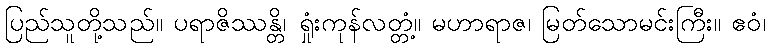
ပြည်သူတို့သည်။ ပရာဇိဿန္တိ၊ ရှုံးကုန်လတ္တံ့။ မဟာရာဇ၊ မြတ်သောမင်းကြီး။ ဧဝံ၊